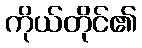
ကိုယ်တိုင်၏